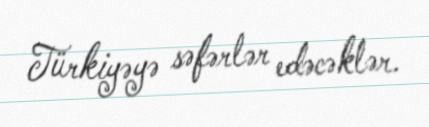
Türkiyəyə səfərlər edəcəklər.